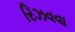
રિઝવવા